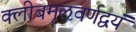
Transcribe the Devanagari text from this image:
क्लीबमृऌवर्णद्वयं